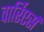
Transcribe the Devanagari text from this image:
वार्रिएर्स